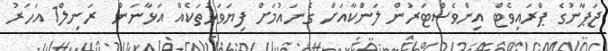
ޖަޕާނުގެ ޕްރައިވެޓް އިންވެސްޓަރުން ލަންކާއަށް ގެނައުމަށް ފިޔަވަޅުތަކެއް އަޅާނަން  ރަނިލް1 އަހަރު